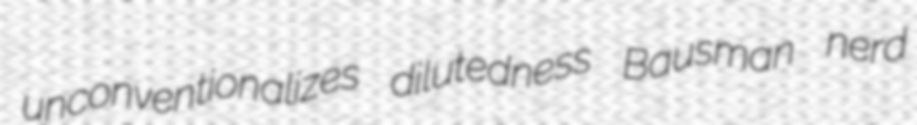
unconventionalizes dilutedness Bausman nerd